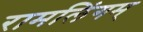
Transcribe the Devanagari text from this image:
रामलिंगम्